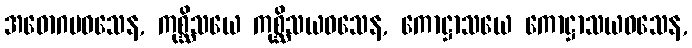
အဓောဂမဝသေန, ကုစ္ဆိသယေ ကုစ္ဆိသယဝသေန, ကောဋ္ဌာသယေ ကောဋ္ဌာသယဝသေန,